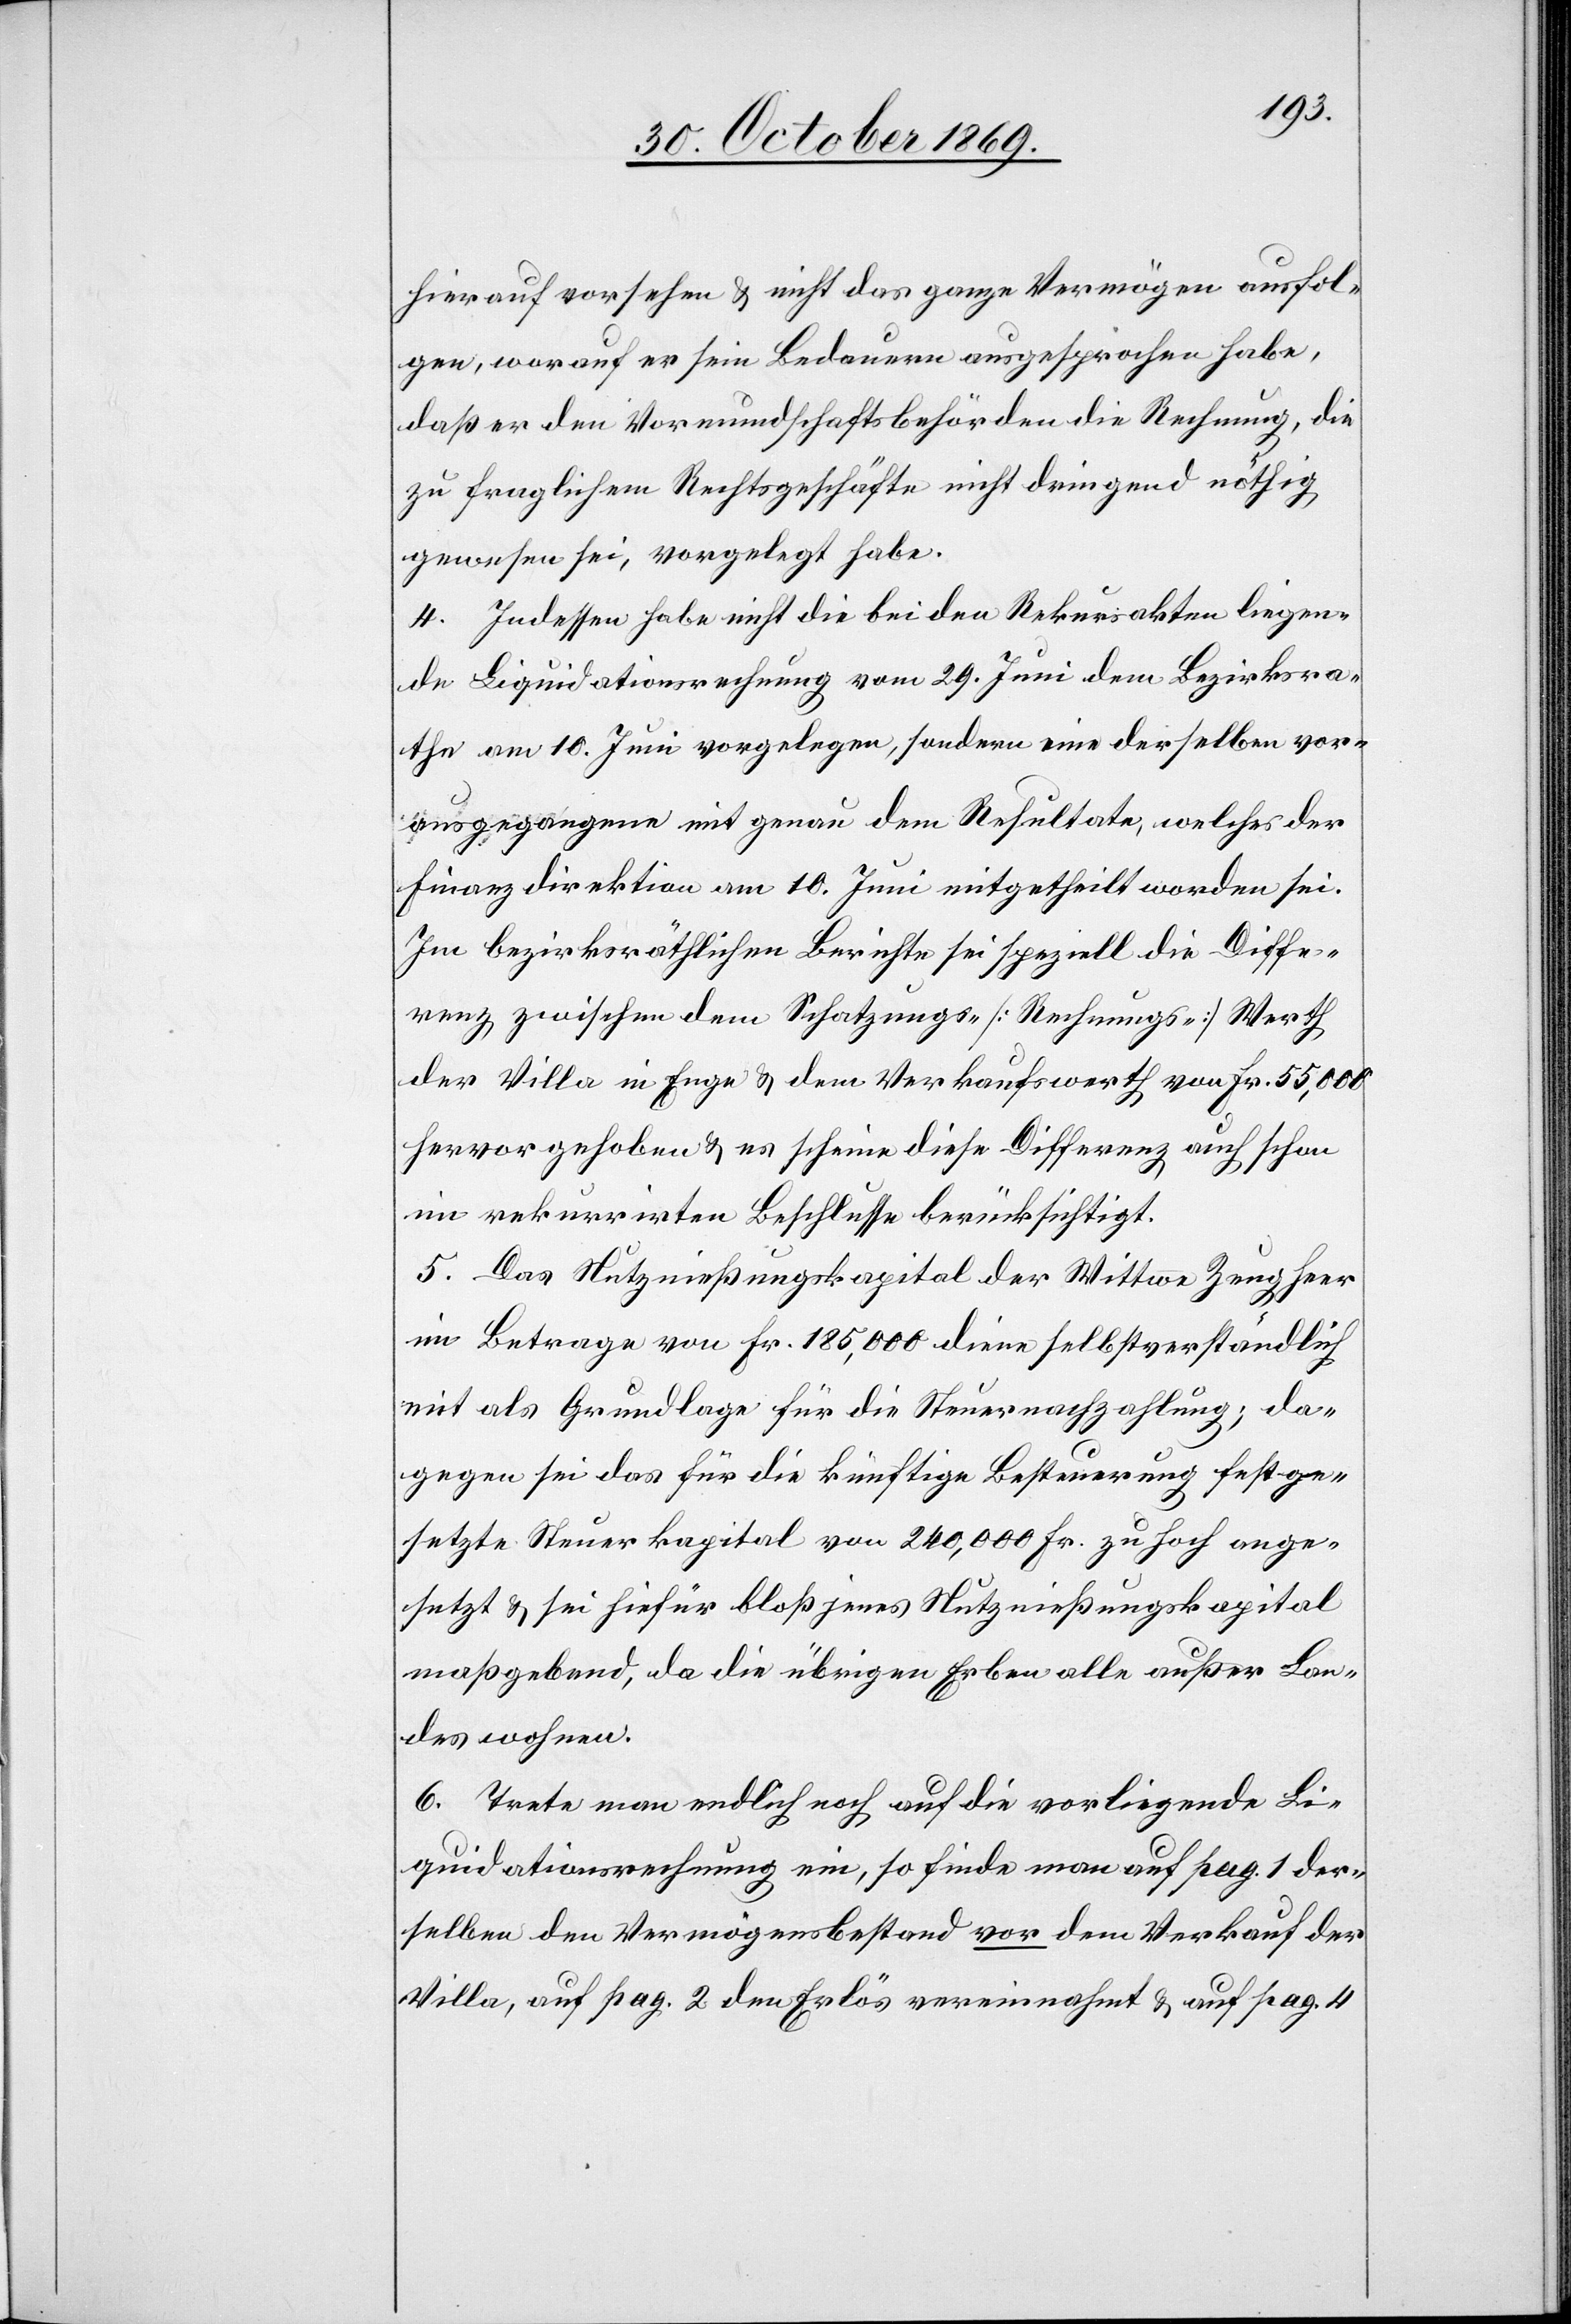
hierauf vorsehen & nicht das ganze Vermögen ausfol¬
gen, worauf er sein Bedauern ausgesprochen habe,
daß er den Vormundschaftsbehörden die Rechnung, die
zu fraglichem Rechtsgeschäfte nicht dringend nöthig
gewesen sei, vorgelegt habe.
4. Indessen habe nicht die bei den Rekursakten liegen¬
de Liquidationsrechnung vom 29. Juni dem Bezirksra¬
the am 10. Juni vorgelegen, sondern eine derselben vor¬
ausgegangene mit genau dem Resultate, welches der
Finanzdirektion am 10. Juni mitgetheilt worden sei.
Im bezirksräthlichen Berichte sei speziell die Diffe¬
renz zwischen dem Schatzungs- [Rechnungs-] Werth
der Villa in Enge & dem Verkaufswerth von Fr. 55,000
hervorgehoben & es scheine diese Differenz auch schon
im rekurrirten Beschlusse berücksichtigt.
5. Das Nutznießungskapital der Wittwe Zeugheer
im Betrage von Fr. 185,000 diene selbstverständlich
mit als Grundlage für die Steuernachzahlung; da¬
gegen sei das für die künftige Besteuerung festge¬
setzte Steuerkapital von 240,000 Fr. zu hoch ange¬
setzt & sei hiefür bloß jenes Nutznießungskapital
maßgebend, da die übrigen Erben alle außer Lan¬
des wohnen.
6. Trete man endlich noch auf die vorliegende Li¬
quidationsrechnung ein, so finde man auf pag. 1 der¬
selben den Vermögensbestand vor dem Verkauf der
Villa, auf pag. 2 den Erlös vereinnahmt & auf pag. 4